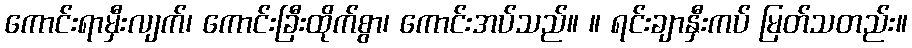
ကောင်းရာမှီးလျက်၊ ကောင်းခြီးထိုက်စွာ၊ ကောင်းအပ်သည်။ ။ ရင်းချာနှီးကပ် မြတ်သတည်း။